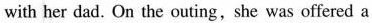
with her dad. On the outing,she was offered a